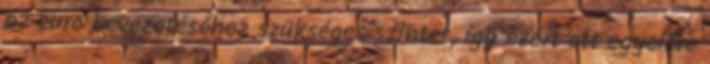
az euro bevezetéséhez szükséges szintet, így ezért ott egyelőre